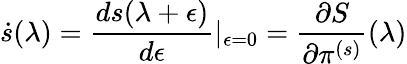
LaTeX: \dot{s}(\lambda)=\frac{ds(\lambda+\epsilon)}{d\epsilon}\vert_{\epsilon=0}=\frac{\partial S}{\partial\pi^{(s)}}(\lambda)